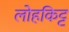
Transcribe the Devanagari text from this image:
लोहकिट्ट